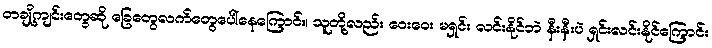
တချို့ကျင်းတွေဆို ခြေတွေလက်တွေပေါ်နေကြောင်း၊ သူတို့လည်း ဝေးဝေး မရှင်း လင်းနိုင်ဘဲ နီးနီးပဲ ရှင်းလင်းနိုင်ကြောင်း